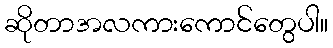
ဆိုတာအလကားကောင်တွေပါ။